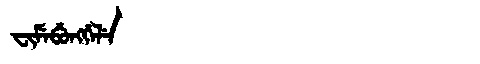
Manchu: ᠸᡳᠮᡝᠪᡠᠩᡤᡝᠯᡝ
Romanization: FIMEBUNGGELE